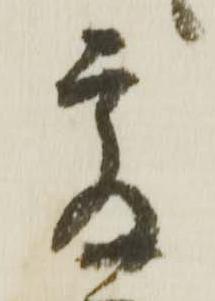
爰